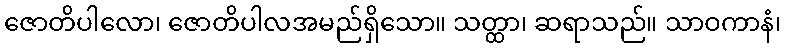
ဇောတိပါလော၊ ဇောတိပါလအမည်ရှိသော။ သတ္ထာ၊ ဆရာသည်။ သာဝကာနံ၊